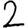
Digit: 2